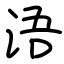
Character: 浯